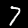
Digit: 7